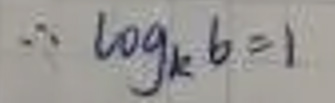
\(\therefore \log _{k}b = 1\)